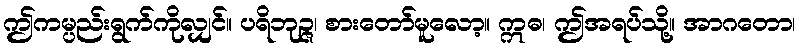
ဤကမ္ပည်းရွက်ကိုလျှင်။ ပရိဘုဉ္ဇ၊ စားတော်မူလော့။ ဣဓ၊ ဤအရပ်သို့။ အာဂတော၊